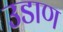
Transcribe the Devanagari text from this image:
उडाण